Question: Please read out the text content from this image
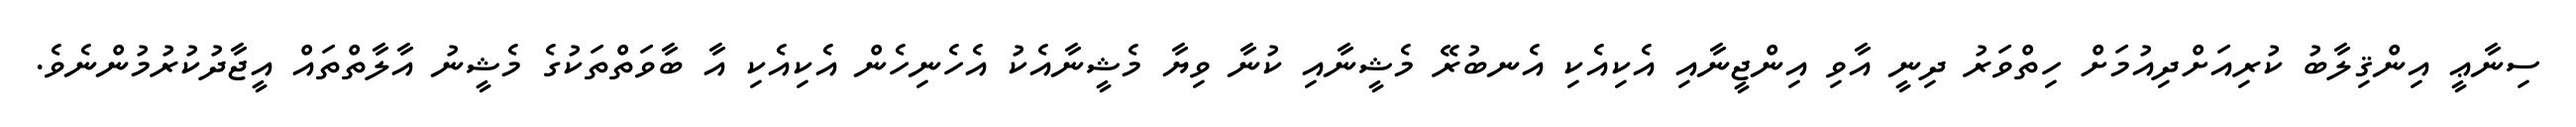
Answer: ސިނާޢީ އިންޤިލާބު ކުރިއަށްދިއުމަށް ހިތްވަރު ދިނީ އާވި އިންޖީނާއި އެކިއެކި އެނބުރޭ މެޝީނާއި ކުނާ ވިޔާ މެޝީނާއެކު އެހެނިހެން އެކިއެކި އާ ބާވަތްތަކުގެ މެޝީނު އާލާތްތައް އީޖާދުކުރުމުންނެވެ.